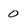
Character: 0